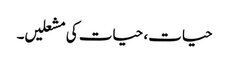
حیات، حیات کی مشعلیں۔